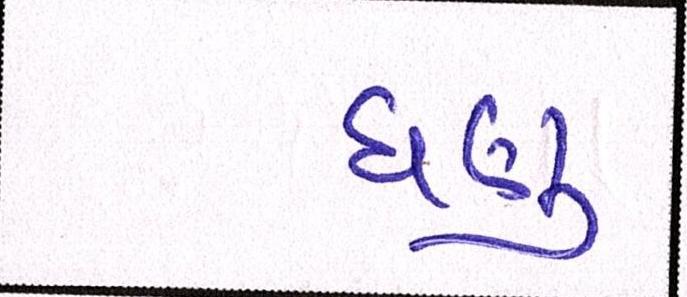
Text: ઘણુ